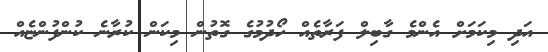
އަދި މިކަމަށް އެންމެ ގާބިލް ފަރާތެއް ހޯދުމުގެ ގޮތުން މިކަން ކުރާނެ ކުންފުންޏެއް